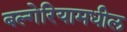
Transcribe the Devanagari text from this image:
बल्गेरियामधील